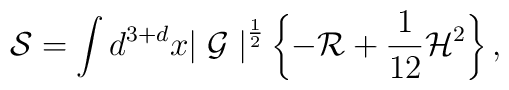
{\cal S} = \int d^{3+d}x {\mid {\cal G} \mid}^{\frac {1}{2}} \left\{ - {\cal R} +\frac {1}{12} {\cal H}^2 \right\},